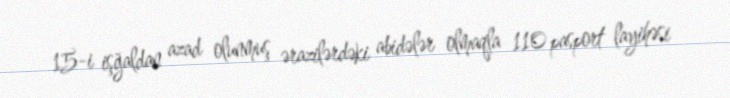
15-i işğaldan azad olunmuş ərazilərdəki abidələr olmaqla 110 pasport layihəsi